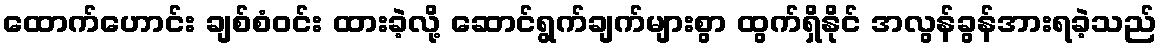
ထောက်ဟောင်း ချစ်စံဝင်း ထားခဲ့လို့ ဆောင်ရွက်ချက်များစွာ ထွက်ရှိနိုင် အလွန်ခွန်အားရခဲ့သည်